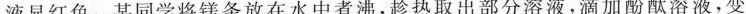
液显红色。某同学将镁条放在水中煮沸，趁热取出部分溶液，滴加酚酞溶液，变